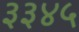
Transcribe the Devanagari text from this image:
३३४५